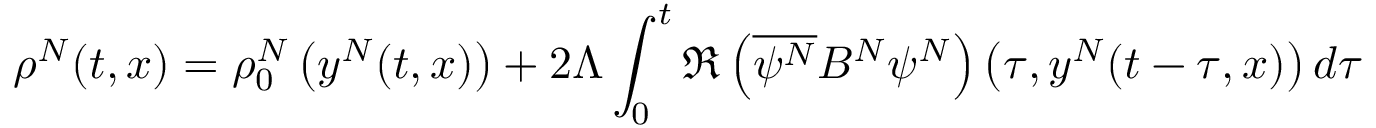
\rho ^ { N } ( t , x ) = \rho _ { 0 } ^ { N } \left( y ^ { N } ( t , x ) \right) + 2 \Lambda \int _ { 0 } ^ { t } \Re \left( \overline { { \psi ^ { N } } } B ^ { N } \psi ^ { N } \right) \left( \tau , y ^ { N } ( t - \tau , x ) \right) d \tau